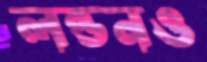
লন্ডনও